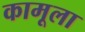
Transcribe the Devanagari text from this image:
कामूला